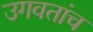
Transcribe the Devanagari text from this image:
उगवतांच